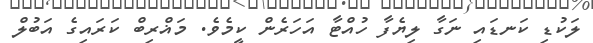
ލަކުޑި ކަނޑައި ނަގާ ލިޔެފާ ހުއްޓާ އަހަރެން ކީމެވެ. މަޣްރިބް ކަރައިގެ އަބުލް